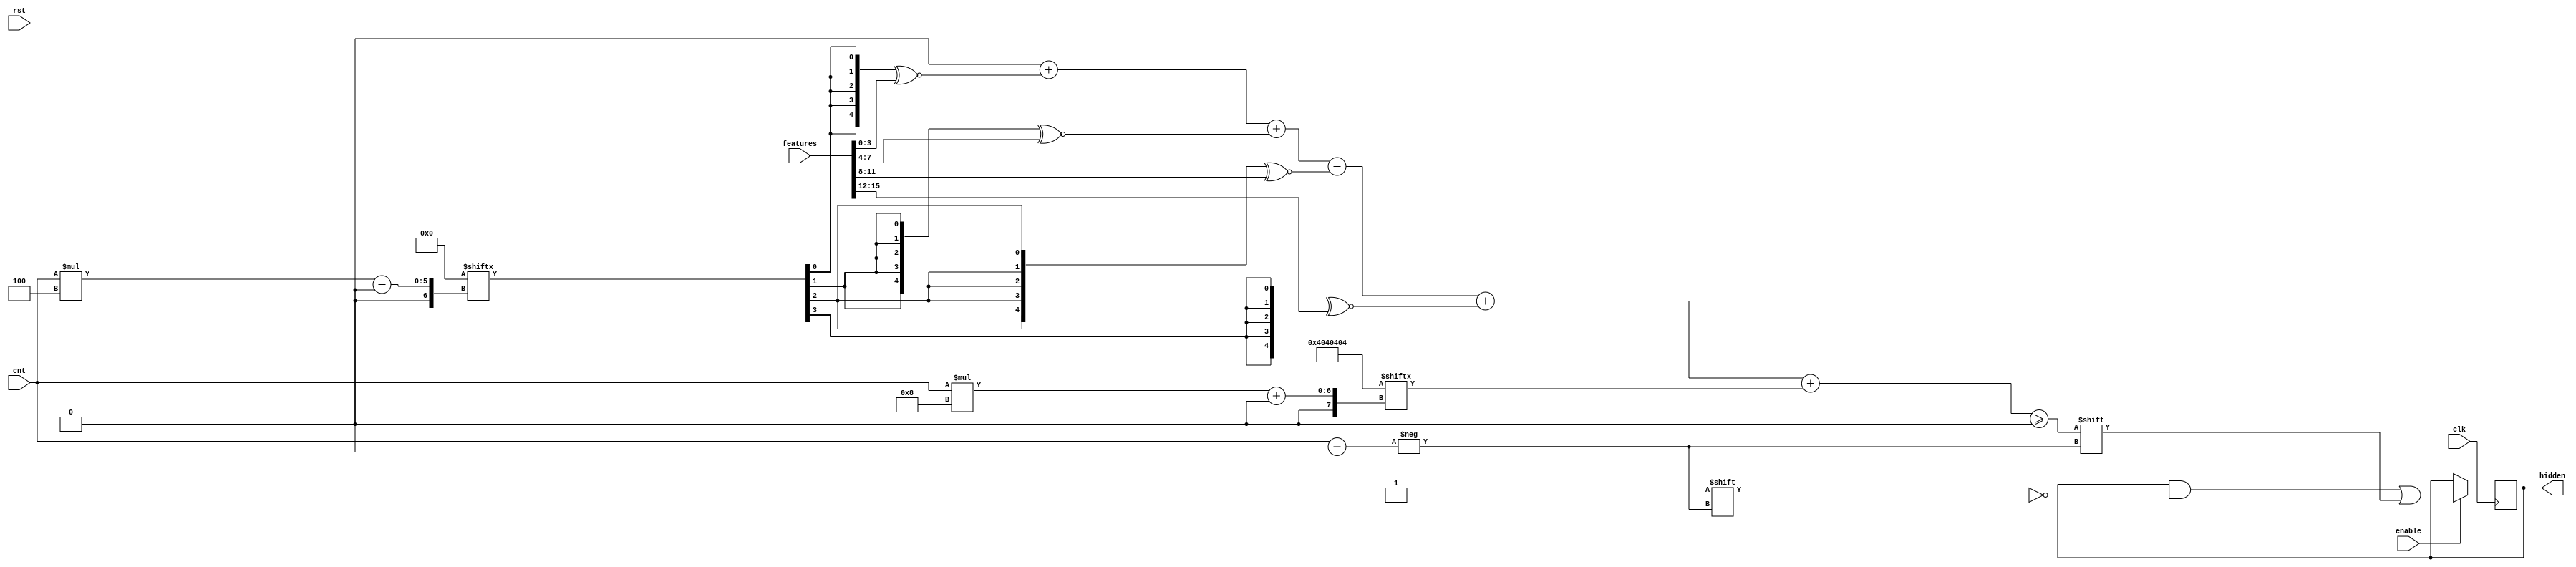
module first_layer_roclk #(
  parameter FEAT_CNT = 4,
  parameter FEAT_BITS = 4,
  parameter HIDDEN_CNT = 4,
  parameter [HIDDEN_CNT*FEAT_CNT-1:0] Weights = 0
  ) (
  input clk,
  input rst,
  input [FEAT_CNT*FEAT_BITS-1:0] features,
  input [$clog2(HIDDEN_CNT)-1:0] cnt,
  input enable,
  output [HIDDEN_CNT-1:0] hidden
  );

  reg [HIDDEN_CNT-1:0] hiddreg;
  assign hidden = hiddreg;

    function [7:0] n_negs(
        input [FEAT_CNT-1:0] mask
    );
    integer i,j;
    begin
    i = 0;
    for(j=0;j<FEAT_CNT;j=j+1)begin
       if(!mask[j]) i = i+1;  
    end
    n_negs = i; 
    end
    endfunction

    function [HIDDEN_CNT*8-1:0] fullnegs(
        input integer a
    );
    reg [HIDDEN_CNT*8-1:0] ng;
    integer j;
    begin
    for(j=0;j<HIDDEN_CNT;j=j+1)begin
       ng[j*8+:8] = n_negs(Weights[j*FEAT_CNT+:FEAT_CNT]);
    end
    fullnegs = ng;
    end
    endfunction

    localparam [HIDDEN_CNT*8-1:0] NEG_CNT = fullnegs(0);
  
  wire signed [FEAT_BITS:0] moment [FEAT_CNT-1:0];
  wire signed [FEAT_BITS:0] sfeat [FEAT_CNT-1:0];
  wire [FEAT_CNT-1:0] slice;
  assign slice = Weights[cnt*FEAT_CNT+:FEAT_CNT];
  genvar i,j;
  generate
    for (i=0;i<FEAT_CNT;i=i+1) begin
        assign sfeat[i] = {1'b0,features[i*FEAT_BITS+:FEAT_BITS]};
        assign moment[i] = {5{slice[i]}} ^~ sfeat[i];
    end
  endgenerate

  reg signed [FEAT_BITS+$clog2(FEAT_CNT+1)-1:0] soom;
  integer y;
  always @* begin
      soom = 0;
      for (y=0;y<FEAT_CNT;y=y+1)
          soom = soom + moment[y];
      soom = soom + NEG_CNT[cnt*8+:8];
  end

  always @(posedge clk) begin
      if(enable) begin
          hiddreg[cnt] <= soom >= 0;
      end
  end
  
endmodule